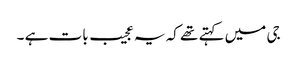
جی میں کہتے تھے کہ یہ عجیب بات ہے ۔